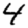
Digit: 4